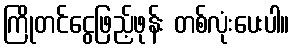
ကြိုတင်ငွေဖြည့်ဖုန်း တစ်လုံးပေးပါ။